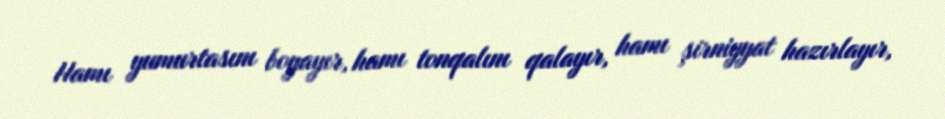
Hamı yumurtasını boyayır, hamı tonqalını qalayır, hamı şirniyyat hazırlayır,